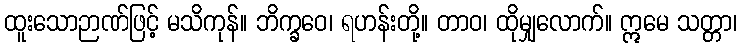
ထူးသောဉာဏ်ဖြင့် မသိကုန်။ ဘိက္ခဝေ၊ ရဟန်းတို့။ တာဝ၊ ထိုမျှလောက်။ ဣမေ သတ္တာ၊